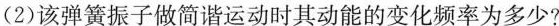
(2)该弹簧振子做简谐运动时其动能的变化频率为多少?